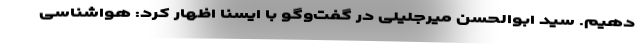
‌دهیم. سید ابوالحسن میرجلیلی در گفت‌وگو با ایسنا اظهار کرد: هواشناسی